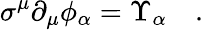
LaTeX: \sigma^{\mu}\partial_{\mu}\phi_{\alpha}=\Upsilon_{\alpha}\quad.